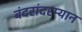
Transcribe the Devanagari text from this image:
बंदरांदरम्यान